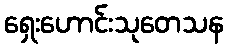
ရှေးဟောင်းသုတေသန